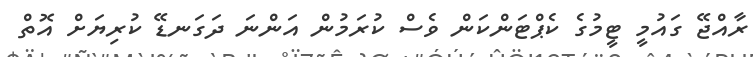
ރާއްޖޭ ގައުމީ ޓީމުގެ ކެޕްޓަންކަން ވެސް ކުރަމުން އަންނަ ދަގަނޑޭ ކުރިޔަށް އޮތް